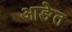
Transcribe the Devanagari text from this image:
आङेत